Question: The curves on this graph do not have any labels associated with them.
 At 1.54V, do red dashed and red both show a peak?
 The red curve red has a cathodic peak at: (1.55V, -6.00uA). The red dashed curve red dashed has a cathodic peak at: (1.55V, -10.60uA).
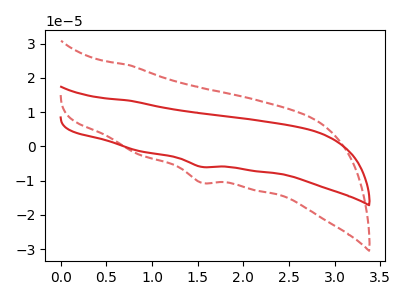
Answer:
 <answer>Yes, "red dashed" and "red" share a peak at 1.54V.</answer>
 <eval>match</eval>